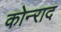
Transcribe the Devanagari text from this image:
कोन्‍राद